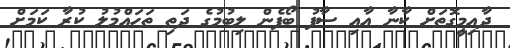
ދާއިމީގޮތަށް ކާނާ އާއި ސާފު ބޯފެން ލިބުމުގެ ދަތި ތަހައްމުލު ކުރާ ކަމަށް